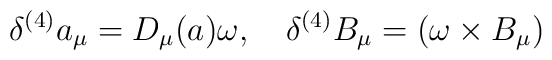
\delta^{(4)} a_{\mu} = D_{\mu}(a) \omega, \quad\delta^{(4)} B_{\mu} = (\omega \times B_{\mu})